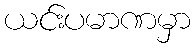
ယင်းပမာဏမှာ